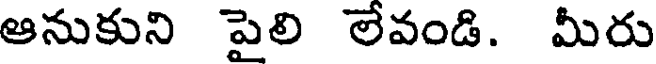
ఆనుకుని పైలి లేవండి. మీరు